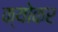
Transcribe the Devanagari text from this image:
क्योकर